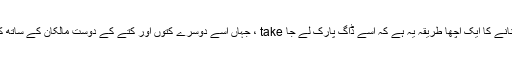
اپنے کتے کو سماجی بنانے کا ایک اچھا طریقہ یہ ہے کہ اسے ڈاگ پارک لے جا take ، جہاں اسے دوسرے کتوں اور کتے کے دوست مالکان کے ساتھ کھیلنے کا موقع ملے گا۔